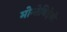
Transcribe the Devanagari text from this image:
मोन्तेविदेयो